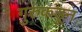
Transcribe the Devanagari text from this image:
गुरुंकडून